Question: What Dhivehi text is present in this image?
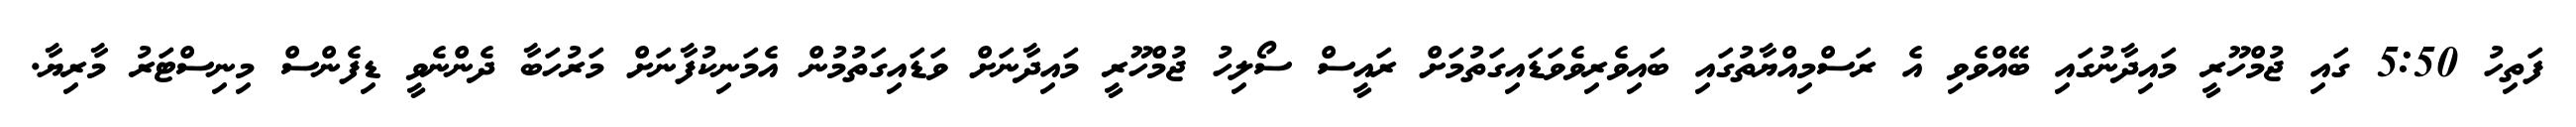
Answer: ފަތިހު 5:50 ގައި ޖުމްހޫރީ މައިދާނުގައި ބޭއްވެވި އެ ރަސްމިއްޔާތުގައި ބައިވެރިވެވަޑައިގަތުމަށް ރައީސް ސޯލިހު ޖުމްހޫރީ މައިދާނަށް ވަޑައިގަތުމުން އެމަނިކުފާނަށް މަރުހަބާ ދެންނެވީ ޑިފެންސް މިނިސްޓަރު މާރިޔާ.